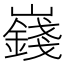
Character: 𪩞